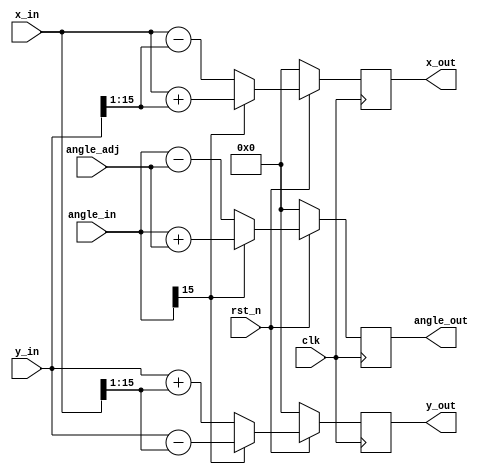
// pipelined CORDIC algorithm to calculate sin/cos pair from a given angle (0..1)
//


// one stage of the cordic iteration with registered outputs
module cordic_stage_16(clk, rst_n, x_in, y_in, angle_in, angle_adj, x_out, y_out, angle_out);
    parameter SHIFT = 1;

    // inputs
    input clk;
    input rst_n;
    input signed [16-1:0] x_in;
    input signed [16-1:0] y_in;
    input signed [16-1:0] angle_in;
    input signed [16-1:0] angle_adj;

    // outputs
    output reg signed [16-1:0] x_out;
    output reg signed [16-1:0] y_out;
    output reg signed [16-1:0] angle_out;

    // internal signal
    reg signed [16-1:0] new_x;
    reg signed [16-1:0] new_y;
    reg signed [16-1:0] new_angle;

    wire sign;
    wire signed [16-1:0] shifted_x;
    wire signed [16-1:0] shifted_y;

    assign sign = angle_in[16-1];  // angle sign bit
    assign shifted_x = x_in >>> SHIFT;
    assign shifted_y = y_in >>> SHIFT;

    always @(*)
    begin
        new_x = sign ? (x_in + shifted_y) : (x_in - shifted_y);
        new_y = sign ? (y_in - shifted_x) : (y_in + shifted_x);
        new_angle = sign ? (angle_in + angle_adj) : (angle_in - angle_adj);
    end

    always @(posedge clk)
    begin
        if (rst_n == 1'b0)
        begin
            x_out <= 0;
            y_out <= 0;
            angle_out <= 0;
        end
        else begin
            x_out <= new_x;
            y_out <= new_y;
            angle_out <= new_angle;        
        end
    end

endmodule


module cordic_10_16(clk, rst_n, angle_in, cos_out, sin_out);

    // inputs
    input clk;
    input rst_n;
    input signed [16-1:0] angle_in;

    // outputs
    output signed [16-1:0] cos_out;
    output signed [16-1:0] sin_out;

    // internal signals
    reg signed [16-1:0] x_in; 
    reg signed [16-1:0] y_in;
    reg signed [16-1:0] z_in;

    wire signed [16-1:0] xbus [0:10-1];
    wire signed [16-1:0] ybus [0:10-1];
    wire signed [16-1:0] zbus [0:10-1];

    assign cos_out = xbus[10-1];
    assign sin_out = ybus[10-1];

    always @(*)
    begin
        case($unsigned(angle_in[16-1:16-2]))
            2'b00:
                begin
                    x_in <= 16'd19896;
                    y_in <= 0;
                    z_in <= angle_in;
                end
            2'b11:
                begin
                    x_in <= 16'd19896;
                    y_in <= 0;
                    z_in <= angle_in;
                end
            2'b01:
                begin
                    x_in <= 0;
                    y_in <= 16'd19896;
                    z_in <= $signed({2'b00, angle_in[16-3:0]});
                end
            2'b10:
                begin
                    x_in <= 0;
                    y_in <= -16'd19896;
                    z_in <= $signed({2'b11, angle_in[16-3:0]});
                end
        endcase
    end

    // generate instances of cordic_stage
        cordic_stage_16 #(0) stage0(clk, rst_n, x_in, y_in, z_in, 16'sd8192, xbus[0], ybus[0], zbus[0]);
    cordic_stage_16 #(1) stage1(clk, rst_n, xbus[0], ybus[0], zbus[0], 16'sd4836, xbus[1], ybus[1], zbus[1]);
    cordic_stage_16 #(2) stage2(clk, rst_n, xbus[1], ybus[1], zbus[1], 16'sd2555, xbus[2], ybus[2], zbus[2]);
    cordic_stage_16 #(3) stage3(clk, rst_n, xbus[2], ybus[2], zbus[2], 16'sd1297, xbus[3], ybus[3], zbus[3]);
    cordic_stage_16 #(4) stage4(clk, rst_n, xbus[3], ybus[3], zbus[3], 16'sd651, xbus[4], ybus[4], zbus[4]);
    cordic_stage_16 #(5) stage5(clk, rst_n, xbus[4], ybus[4], zbus[4], 16'sd326, xbus[5], ybus[5], zbus[5]);
    cordic_stage_16 #(6) stage6(clk, rst_n, xbus[5], ybus[5], zbus[5], 16'sd163, xbus[6], ybus[6], zbus[6]);
    cordic_stage_16 #(7) stage7(clk, rst_n, xbus[6], ybus[6], zbus[6], 16'sd81, xbus[7], ybus[7], zbus[7]);
    cordic_stage_16 #(8) stage8(clk, rst_n, xbus[7], ybus[7], zbus[7], 16'sd41, xbus[8], ybus[8], zbus[8]);
    cordic_stage_16 #(9) stage9(clk, rst_n, xbus[8], ybus[8], zbus[8], 16'sd20, xbus[9], ybus[9], zbus[9]);


endmodule